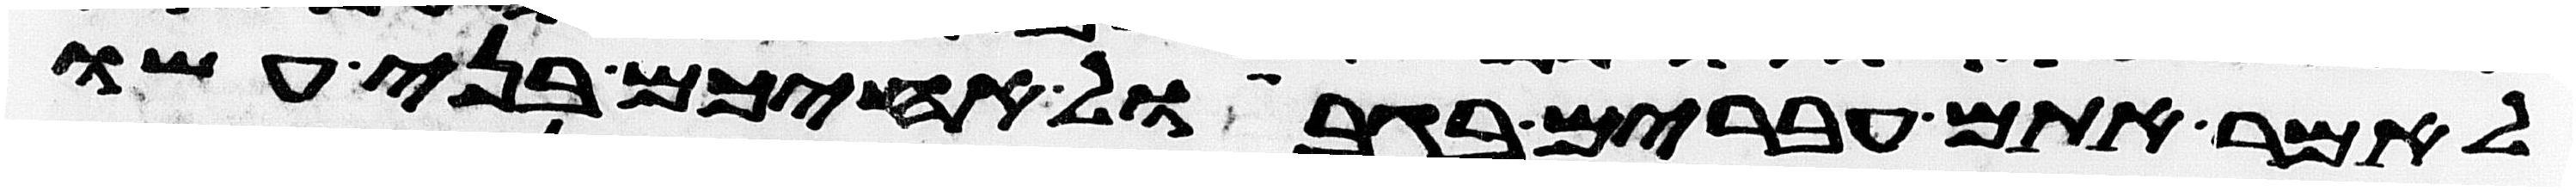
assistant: לאמר אתם עברים בגבול אחיכם בני עשו